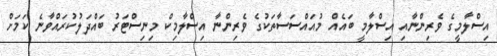
އިސްލާމީގެ ވެރިންނާއި އިސްލާމީ ބައެއް މުއައްސަސާތަކުގެ ވެރިންނާ އިސްލާމިކް މިނިސްޓަރު ބައްދަލުކުރައްވާނެ ކަމަށް